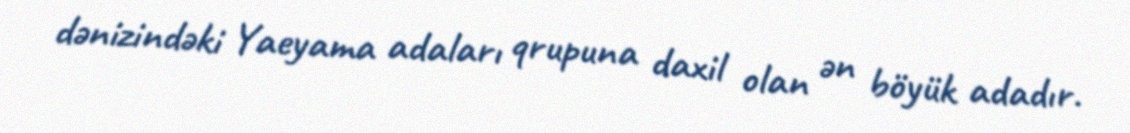
dənizindəki Yaeyama adaları qrupuna daxil olan ən böyük adadır.